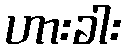
ဟားခါး